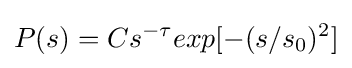
P(s)=Cs^{-\tau }exp[-(s/s_{0})^{2}]